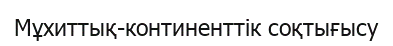
Мұхиттық-континенттік соқтығысу